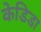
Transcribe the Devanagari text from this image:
केडिडा